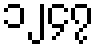
၁၂၄၇